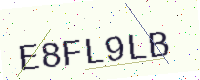
Text: E8FL9LB